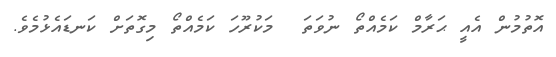
އޮތުމުން އެއީ ޙަރާމް ކަމެއްތޯ ނުވަތަ  މަކުރޫހަ ކަމެއްތޯ މިގޮތަށް ކަނޑައެޅުމެވެ.